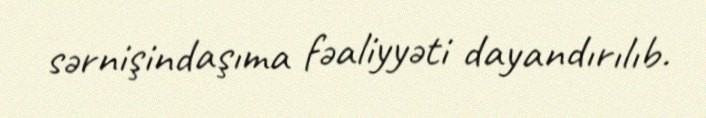
sərnişindaşıma fəaliyyəti dayandırılıb.